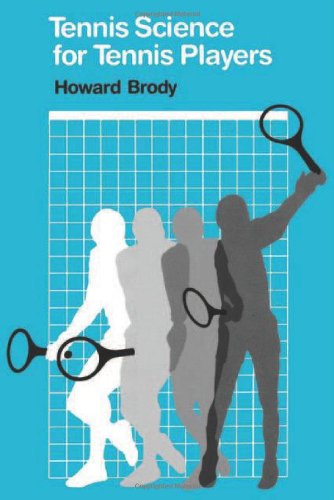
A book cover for Tennis Science for Tennis Players; Howard Brody; Sports & Outdoors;